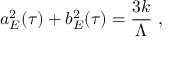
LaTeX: a _ { E } ^ { 2 } ( \tau ) + b _ { E } ^ { 2 } ( \tau ) = \frac { 3 k } { \Lambda } ~ ,